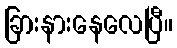
ခြားနားနေလေပြီ။